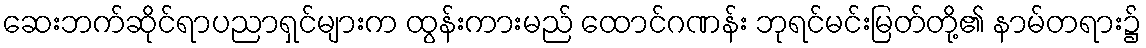
ဆေးဘက်ဆိုင်ရာပညာရှင်များက ထွန်းကားမည် ထောင်ဂဏန်း ဘုရင်မင်းမြတ်တို့၏ နာမ်တရား၌